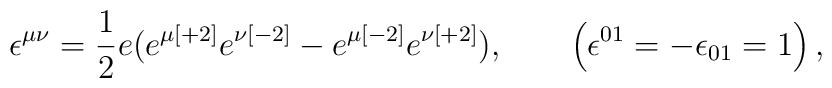
\epsilon ^{\mu \nu }= {{ 1}\over { 2}} e (e^{\mu { [+2]}} e^{\nu { [-2]}}-e^{\mu { [-2]}} e^{\nu { [+2]}}) ,\qquad\left( \epsilon ^{{ 01}}=-\epsilon _{{ 01}}=1 \right) ,